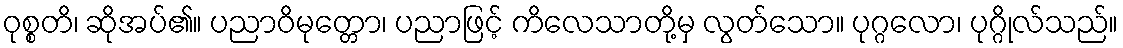
ဝုစ္စတိ၊ ဆိုအပ်၏။ ပညာဝိမုတ္တော၊ ပညာဖြင့် ကိလေသာတို့မှ လွတ်သော။ ပုဂ္ဂလော၊ ပုဂ္ဂိုလ်သည်။